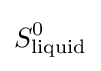
S_{\text{liquid}}^{0}